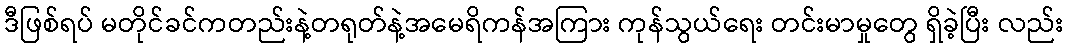
ဒီဖြစ်ရပ် မတိုင်ခင်ကတည်းနဲ့တရုတ်နဲ့အမေရိကန်အကြား ကုန်သွယ်ရေး တင်းမာမှုတွေ ရှိခဲ့ပြီး လည်း